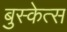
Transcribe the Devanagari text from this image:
बुस्केत्स